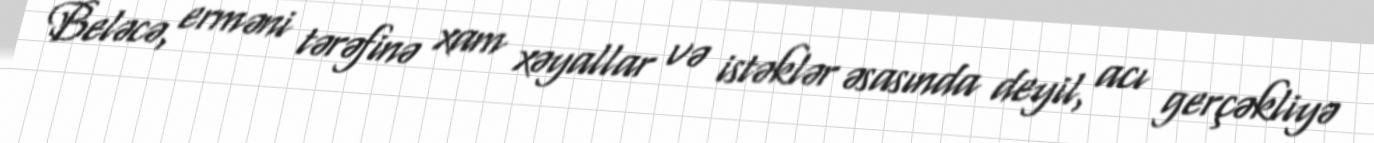
Beləcə, erməni tərəfinə xam xəyallar və istəklər əsasında deyil, acı gerçəkliyə